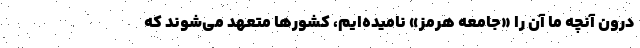
درون آنچه ما آن را «جامعه هرمز» نامیده‌ایم، کشورها متعهد می‌شوند که